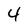
Character: 4